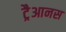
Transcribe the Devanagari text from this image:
ट्रैआनस